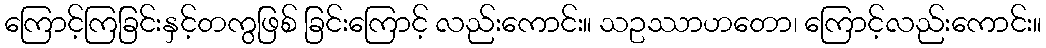
ကြောင့်ကြခြင်းနှင့်တကွဖြစ် ခြင်းကြောင့် လည်းကောင်း။ သဥဿာဟတော၊ ကြောင့်လည်းကောင်း။